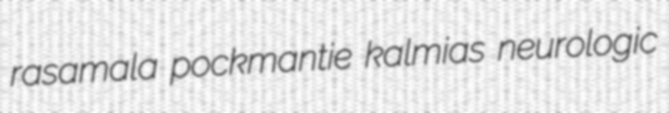
rasamala pockmantie kalmias neurologic